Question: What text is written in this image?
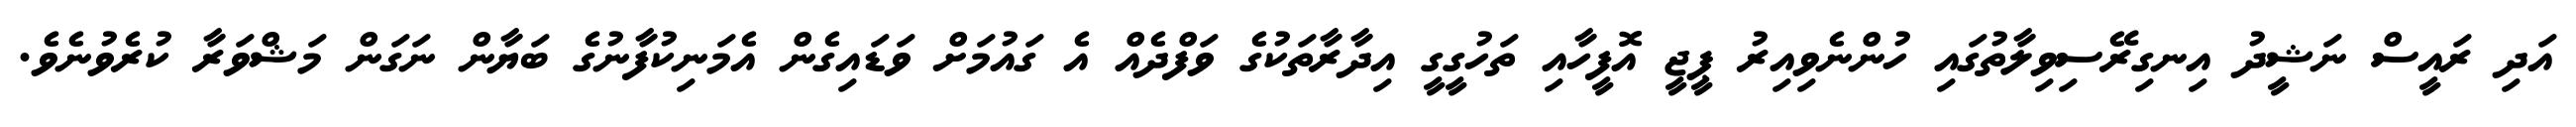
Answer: އަދި ރައީސް ނަޝީދު އިނގިރޭސިވިލާތުގައި ހުންނެވިއިރު ޕީޖީ އޮފީހާއި ތަހުގީގީ އިދާރާތަކުގެ ވަފްދެއް އެ ގައުމަށް ވަޑައިގެން އެމަނިކުފާނުގެ ބަޔާން ނަގަން މަޝްވަރާ ކުރެވުނެވެ.